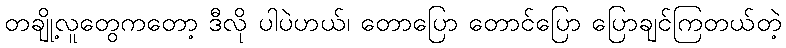
တချို့လူတွေကတော့ ဒီလို ပါပဲဟယ်၊ တောပြော တောင်ပြော ပြောချင်ကြတယ်တဲ့